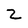
Character: Z